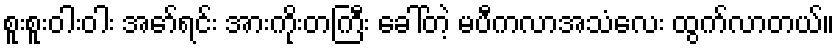
စူးစူးဝါးဝါး အော်ရင်း အားကိုးတကြီး ခေါ်တဲ့ မပီကလာအသံလေး ထွက်လာတယ်။